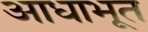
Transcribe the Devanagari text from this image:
आधाभूत